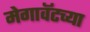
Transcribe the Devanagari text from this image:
मेगावॅटच्या